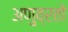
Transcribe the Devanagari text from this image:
अणुव्रतों